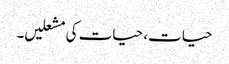
حیات، حیات کی مشعلیں۔